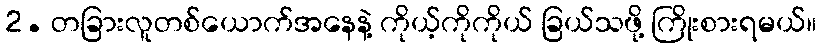
2. တခြားလူတစ်ယောက်အနေနဲ့ ကိုယ့်ကိုကိုယ် ခြယ်သဖို့ ကြိုးစားရမယ်။